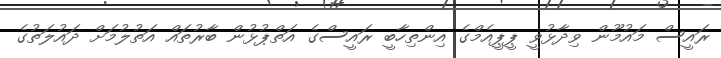
ރައީސް މައުމޫން ވިދާޅުވީ ޕީޕީއެމްގެ އިންތިހާބީ ރައީސްގެ އަތްޕުޅުން ބާރުތައް އަތުލުމަށް ދައުލަތުގެ